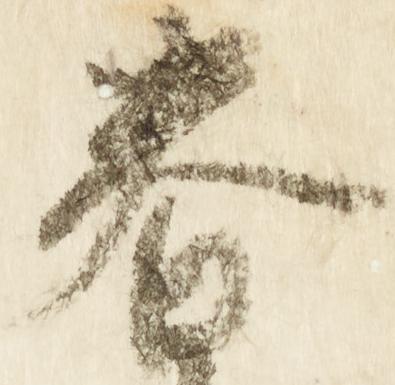
春